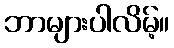
ဘာများပါလိမ့်။